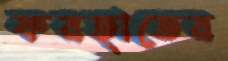
ফরহাতের